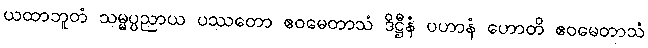
ယထာဘူတံ သမ္မပ္ပညာယ ပဿတော ဧဝမေတာသံ ဒိဋ္ဌီနံ ပဟာနံ ဟောတိ ဧဝမေတာသံ